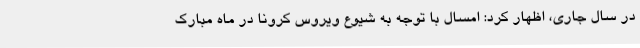
در سال جاری، اظهار کرد: امسال با توجه به شیوع ویروس کرونا در ماه مبارک